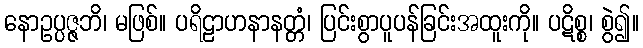
နောဥပ္ပဇ္ဇဘိ၊ မဖြစ်။ ပရိဠာဟနာနတ္တံ၊ ပြင်းစွာပူပန်ခြင်းအထူးကို။ ပဋိစ္စ၊ စွဲ၍။